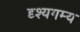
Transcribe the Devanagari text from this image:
दृश्यगम्य